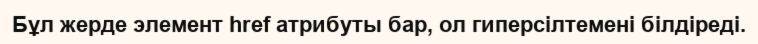
Бұл жерде элемент href атрибуты бар, ол гиперсілтемені білдіреді.